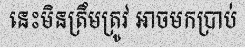
នេះមិនត្រឹមត្រូវ អាចមកប្រាប់